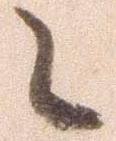
候